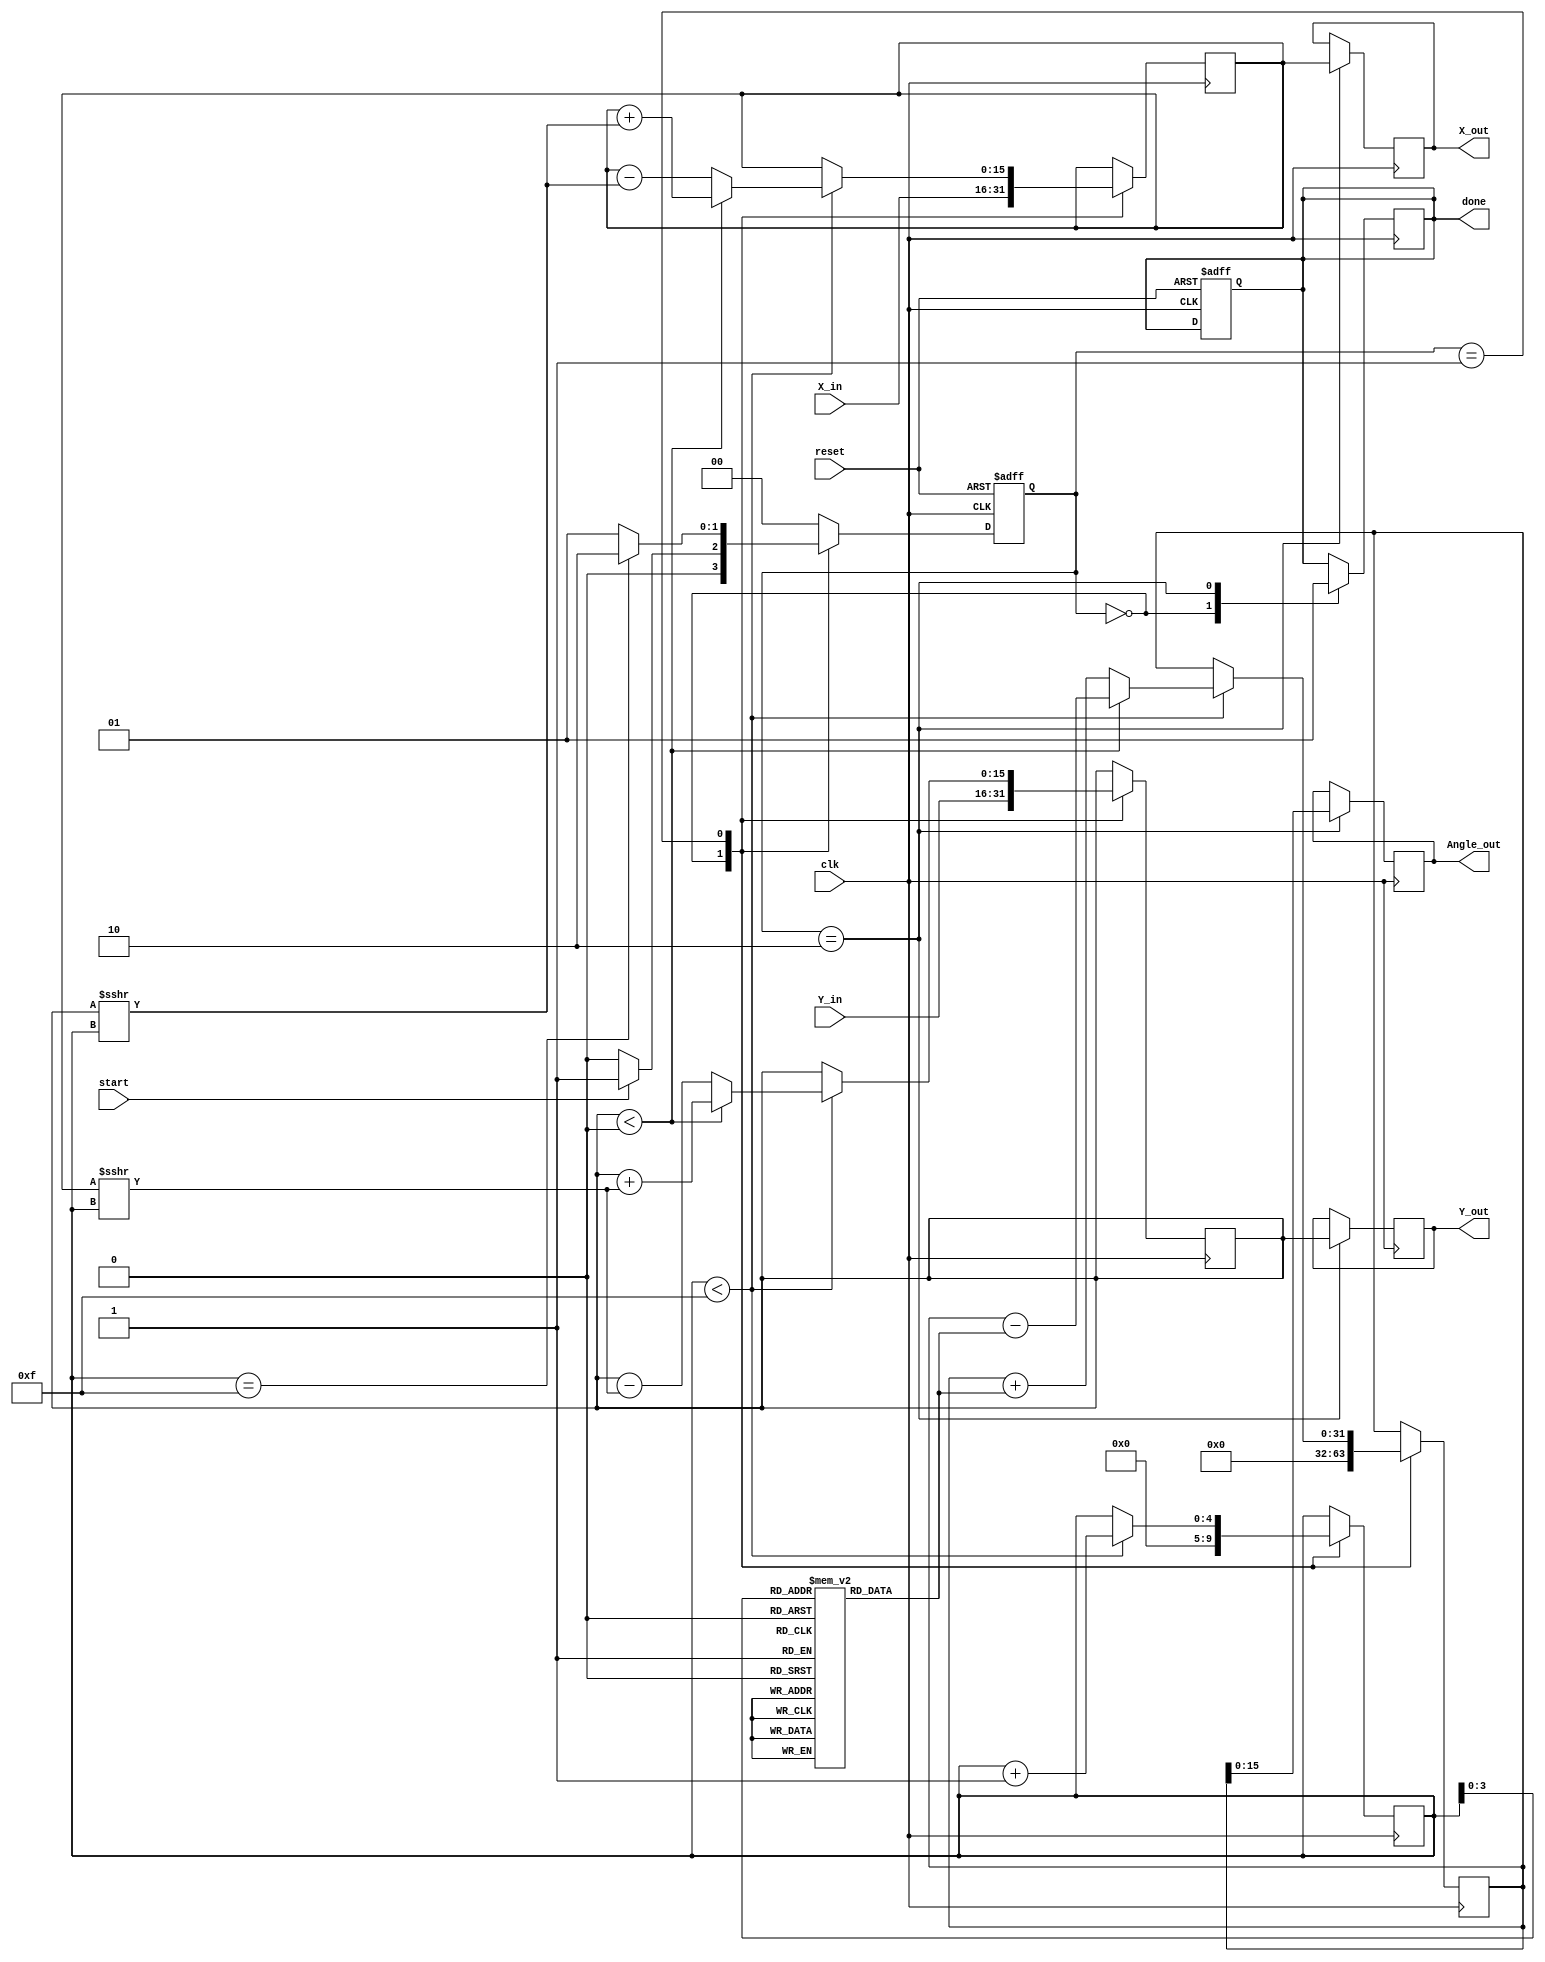
module cordic_vectoring (
    input wire clk,
    input wire reset,
    input wire start,
    input wire signed [15:0] X_in,
    input wire signed [15:0] Y_in,
    output reg signed [15:0] Angle_out,
    output reg signed [15:0] X_out,
    output reg signed [15:0] Y_out,
    output reg done
);
    // Internal registers
    reg signed [15:0] X_reg;
    reg signed [15:0] Y_reg;
    reg signed [31:0] Angle_reg; // Angle accumulator (wider for precision)
    reg [4:0] iteration_count;    // Iteration counter
    reg [1:0] state;              // FSM state
    reg [1:0] next_state;

    // CORDIC angle table (atan(2^-i) values) precomputed in fixed-point
    reg signed [31:0] atan_table [0:15];
    
    initial begin
        // Initialize atan table with fixed-point representations of atan(2^-i)
        atan_table[0] = 32'h00000000; // atan(1) = 0
        atan_table[1] = 32'h0000003F; // atan(0.5)
        atan_table[2] = 32'h00000028; // atan(0.25)
        atan_table[3] = 32'h0000001C; // atan(0.125)
        atan_table[4] = 32'h00000010; // atan(0.0625)
        atan_table[5] = 32'h0000000A; // atan(0.03125)
        atan_table[6] = 32'h00000005; // atan(0.015625)
        atan_table[7] = 32'h00000002; // atan(0.0078125)
        atan_table[8] = 32'h00000001; // atan(0.00390625)
        atan_table[9] = 32'h00000000; // atan(0.001953125)
        atan_table[10] = 32'h00000000; // atan(0.0009765625)
        atan_table[11] = 32'h00000000; // atan(0.00048828125)
        atan_table[12] = 32'h00000000; // atan(0.000244140625)
        atan_table[13] = 32'h00000000; // atan(0.0001220703125)
        atan_table[14] = 32'h00000000; // atan(0.00006103515625)
        atan_table[15] = 32'h00000000; // atan(0.000030517578125)
    end

    // State encoding
    localparam IDLE = 2'b00,
               COMPUTE = 2'b01,
               DONE = 2'b10;

    // Sequential logic for state transition
    always @(posedge clk or posedge reset) begin
        if (reset) begin
            state <= IDLE;
            done <= 0;
        end else begin
            state <= next_state;
        end
    end

    // Next state logic
    always @(*) begin
        case (state)
            IDLE: begin
                if (start) begin
                    next_state = COMPUTE;
                end else begin
                    next_state = IDLE;
                end
            end
            COMPUTE: begin
                if (iteration_count == 15) begin
                    next_state = DONE;
                end else begin
                    next_state = COMPUTE;
                end
            end
            DONE: begin
                next_state = IDLE;
            end
            default: next_state = IDLE;
        endcase
    end

    // CORDIC calculation logic
    always @(posedge clk) begin
        case (state)
            IDLE: begin
                // Reset internal registers
                X_reg <= X_in;
                Y_reg <= Y_in;
                Angle_reg <= 0;
                iteration_count <= 0;
                done <= 0;
            end
            COMPUTE: begin
                if (iteration_count < 15) begin
                    // Update X_reg and Y_reg based on the CORDIC algorithm
                    if (Y_reg < 0) begin
                        // Counterclockwise rotation
                        X_reg <= X_reg + (Y_reg >>> iteration_count);
                        Y_reg <= Y_reg + (X_reg >>> iteration_count);
                        Angle_reg <= Angle_reg - atan_table[iteration_count];
                    end else begin
                        // Clockwise rotation
                        X_reg <= X_reg - (Y_reg >>> iteration_count);
                        Y_reg <= Y_reg - (X_reg >>> iteration_count);
                        Angle_reg <= Angle_reg + atan_table[iteration_count];
                    end
                    iteration_count <= iteration_count + 1;
                end
            end
            DONE: begin
                // Output final values
                Angle_out <= Angle_reg[15:0]; // Output angle (truncated to 16 bits)
                X_out <= X_reg;
                Y_out <= Y_reg;
                done <= 1; // Indicate computation is done
            end
        endcase
    end
endmodule